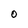
Character: O